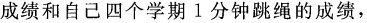
成绩和自己四个学期1分钟跳绳的成绩，